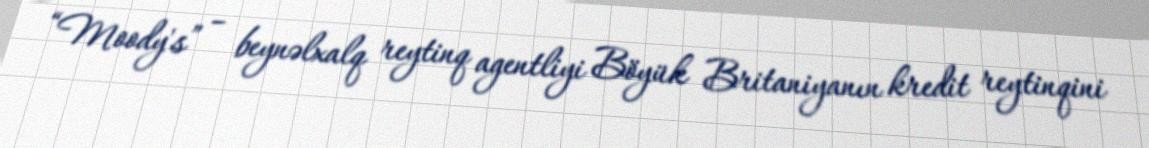
“Moody's” – beynəlxalq reytinq agentliyi Böyük Britaniyanın kredit reytinqini